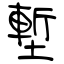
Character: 塹